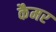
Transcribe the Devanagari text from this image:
कैमर